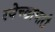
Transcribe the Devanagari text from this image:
स्‍वेच्‍छाचारी